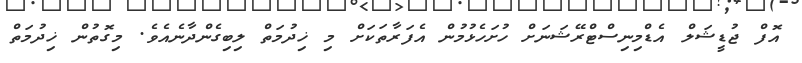
އޮފް ޖުޑީޝަލް އެޑްމިނިސްޓްރޭޝަނަށް ހުށަހެޅުމުން އެފަރާތަކަށް މި ޚިދުމަތް ލިބިގެންދާނެއެވެ. މިގޮތުން ޚިދުމަތް